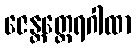
ဇေန္တတ္ထေရဂါထာ